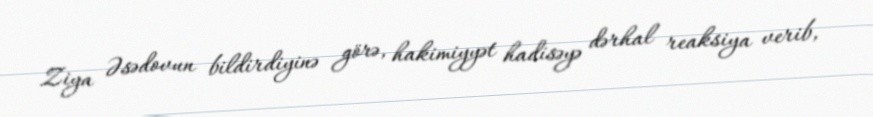
Ziya Əsədovun bildirdiyinə görə, hakimiyyət hadisəyə dərhal reaksiya verib,